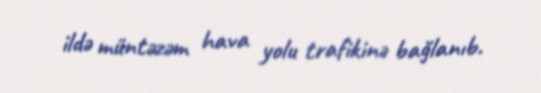
ildə müntəzəm hava yolu trafikinə bağlanıb.